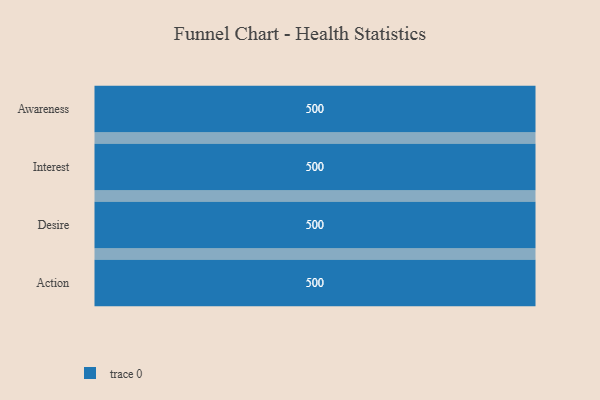
{"axis": {"x": "Stage", "y": "Value"}, "legend": [""], "data": [{"x": "Awareness", "y": 500, "type": ""}, {"x": "Interest", "y": 500, "type": ""}, {"x": "Desire", "y": 500, "type": ""}, {"x": "Action", "y": 500, "type": ""}]}